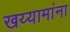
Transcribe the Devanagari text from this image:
खय्यामांना